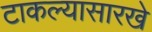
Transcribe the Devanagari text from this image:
टाकल्यासारखे